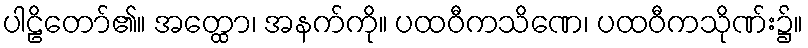
ပါဠိတော်၏။ အတ္ထော၊ အနက်ကို။ ပထဝီကသိဏေ၊ ပထဝီကသိုဏ်း၌။